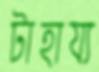
টাহায্য